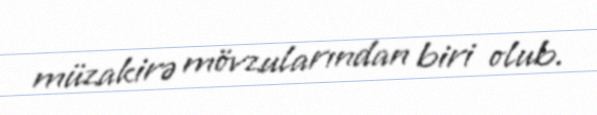
müzakirə mövzularından biri olub.